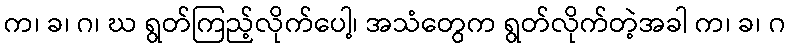
က၊ ခ၊ ဂ၊ ဃ ရွတ်ကြည့်လိုက်ပေါ့၊ အသံတွေက ရွတ်လိုက်တဲ့အခါ က၊ ခ၊ ဂ